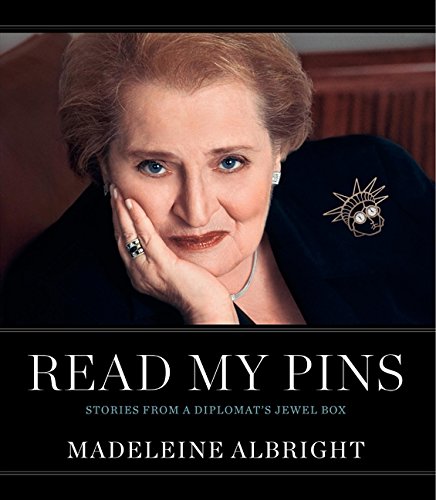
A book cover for Read My Pins: Stories from a Diplomat's Jewel Box; Madeleine Albright; Biographies & Memoirs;